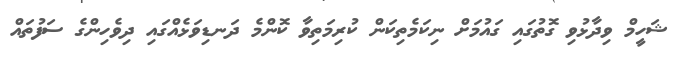
ޝަހީމް ވިދާޅުވި ގޮތުގައި ގައުމަށް ނިކަމެތިކަން ކުރިމަތިވާ ކޮންމެ ދަނޑިވަޅެއްގައި ދިވެހިންގެ ސަފުތައް